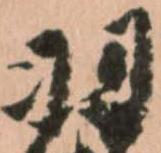
羽